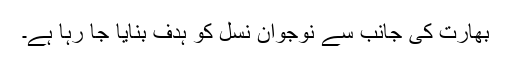
بھارت کی جانب سے نوجوان نسل کو ہدف بنایا جا رہا ہے۔